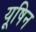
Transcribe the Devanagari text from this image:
यूषिन